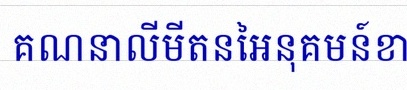
គណនាលីមីតនៃអនុគមន៍ខាងក្រោម